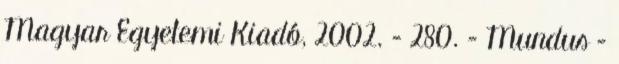
Magyar Egyetemi Kiadó, 2002. – 280. – Mundus –